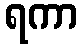
ရကာ